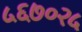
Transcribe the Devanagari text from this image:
५६७०२५